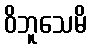
ဝိဘူသေမိ